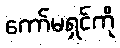
ကော်မရှင်ကို